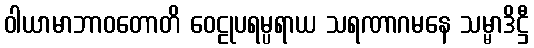
ဝါယာမာဘာဝတောတိ ဝေဠုပရမ္ပရာယ သရဏာဂမနေ သမ္မာဒိဋ္ဌီ